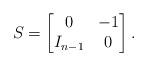
LaTeX: \begin{align*}S=\begin{bmatrix}0&-1\\I_{n-1}&0\end{bmatrix}.\end{align*}